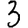
Digit: 3